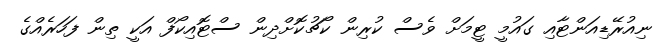
ނިއުރޭޑިއަންޓާއި ގައުމީ ޓީމަށް ވެސް ކުރިން ކޯޗުކޮށްދިން ސްޓޮއިކޯފް އަކީ ތިން ފަހަރެއްގެ